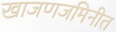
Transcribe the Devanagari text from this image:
खाजणजमिनीत